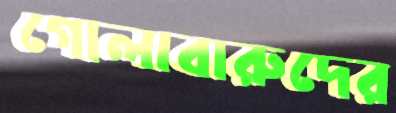
গোলাবারুদের